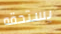
يستحقه